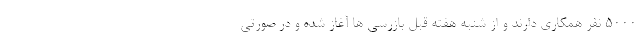
۵۰۰۰ نفر همکاری دارند و از شنبه هفته قبل بازرسی ها آغاز شده و در صورتی